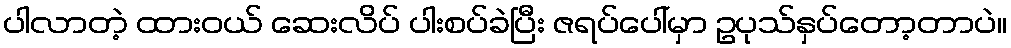
ပါလာတဲ့ ထားဝယ် ဆေးလိပ် ပါးစပ်ခဲပြီး ဇရပ်ပေါ်မှာ ဥပုသ်နှပ်တော့တာပဲ။